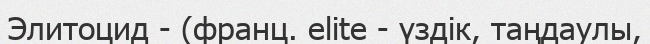
Элитоцид - (франц. elite - үздік, таңдаулы,